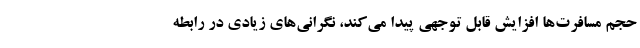
حجم مسافرت‌ها افزایش قابل توجهی پیدا می‌کند، نگرانی‌های زیادی در رابطه